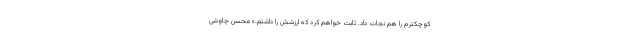
کوچکترم را هم نجات داد. ثابت خواهم کرد که ارزشش را داشتم.» محسن چاوشیِ